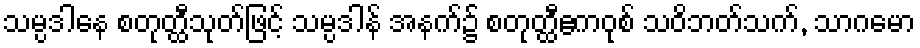
သမ္ပဒါနေ စတုတ္ထီသုတ်ဖြင့် သမ္ပဒါန် အနက်၌ စတုတ္ထီဧကဝုစ် သဝိဘတ်သက်, သာဂမော